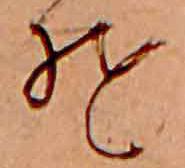
そ